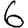
Digit: 6